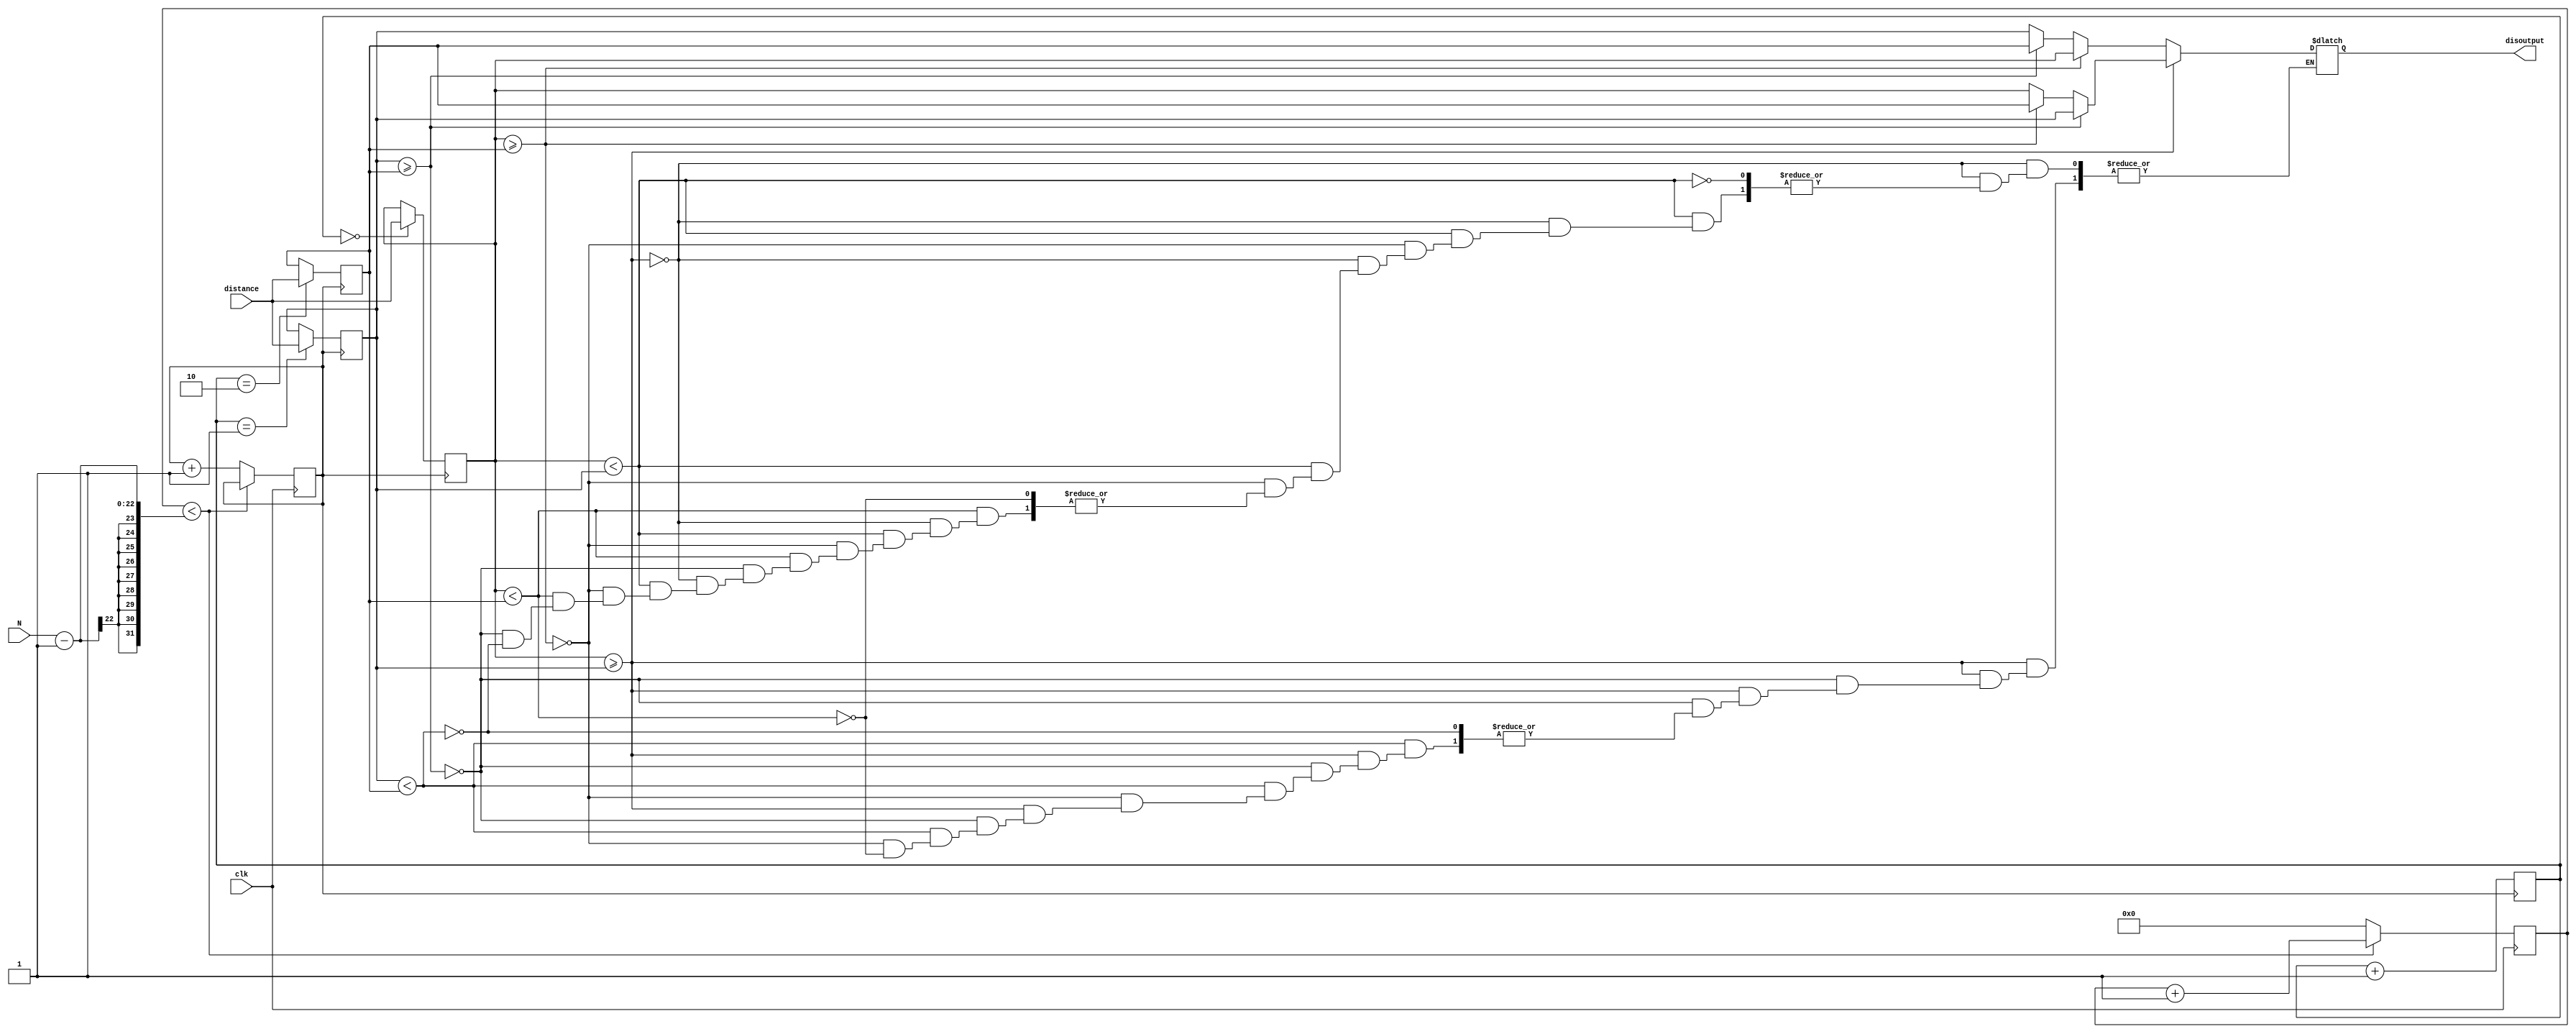
`timescale 1ns / 1ps
module filter(
    input [21:0] N,
    input clk,
    input [15:0] distance,
    output [15:0] disoutput
);

reg [21:0] count0;
reg [1:0] count1;
reg clk_out = 1'b0;

always @(posedge clk)
begin
  if (count0<N-1) begin
    count0 <= count0 + 1'b1;
  end
  else begin
    count0 <= 15'd0;
    clk_out <= clk_out +  1'b1;
  end
end

reg [15:0] dis0, dis1,dis2;
always @ (posedge clk_out)
begin
  case (count1)
    2'b00: dis0 <= distance;
    2'b01: dis1 <= distance;
    2'b10: dis2 <= distance;
    default: count1 <= count1 + 1;
  endcase
  count1 <= count1 + 1;
end

reg [15:0] dismid ;

always @ *
begin
  if(dis0 >= dis1)
        begin
            if(dis1 >= dis2)
                dismid = dis1;
            else if(dis1 < dis2)
                begin
                    if(dis0 >= dis2)
                        dismid = dis2;
                    else if(dis0 < dis2)
                        dismid = dis0;
                end
        end
    else if(dis0 < dis1)
        begin
            if(dis0 >= dis2)
                dismid <= dis0;
            else if(dis0 < dis2)
                begin
                    if(dis1 >= dis2)
                        dismid = dis2;
                    else if(dis1 < dis2)
                        dismid = dis1;
                end 
        end
end

assign disoutput = dismid;

endmodule